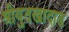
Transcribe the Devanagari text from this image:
श्रीयुतखादाड